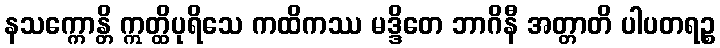
နသက္ကောန္တိ ဣတ္ထိပုရိသေ ကထိကဿ မဒ္ဒိတေ ဘာဂိနီ အတ္တာတိ ပါပတရဉ္စ